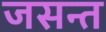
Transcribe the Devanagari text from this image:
जसन्त